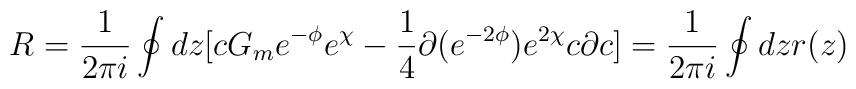
R=\frac{1}{2\pi i}\oint dz [c G_m e^{-\phi}e^{\chi}-\frac{1}{4}\partial (e^{-2\phi})e^{2\chi}c\partial c ]=\frac{1}{2\pi i}\oint dz r(z) \